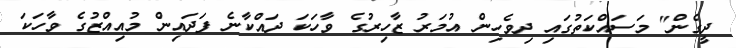
ދީގެން" މަސައްކަތުގައި ދިވެހިން އުމަރު ޒާހިރުގެ ވާހަކަ ދައްކާނެ ފަދައިން މުއިއްޒުގެ ވާހަކަ